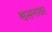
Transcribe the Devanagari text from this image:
श्वसनावर